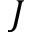
{ \cal J }